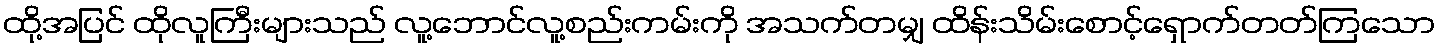
ထို့အပြင် ထိုလူကြီးများသည် လူ့ဘောင်လူ့စည်းကမ်းကို အသက်တမျှ ထိန်းသိမ်းစောင့်ရှောက်တတ်ကြသော